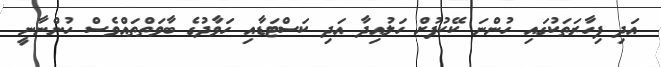
އަދި ފިހާރަތަކުގައި ހުންނަ ކޭކުފުށް ހަލުއިދާ އަދި ކަސްޓަޑާއި ހަވާދުގެ ބާވަތްތައްވެސް ހުންނާނީ